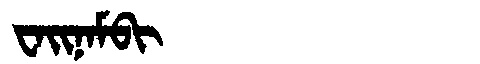
Manchu: ᠸᠠᡳᠨᠠᠮᠪᡳ
Romanization: WAINAMBI